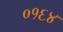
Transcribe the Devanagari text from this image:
०१६४